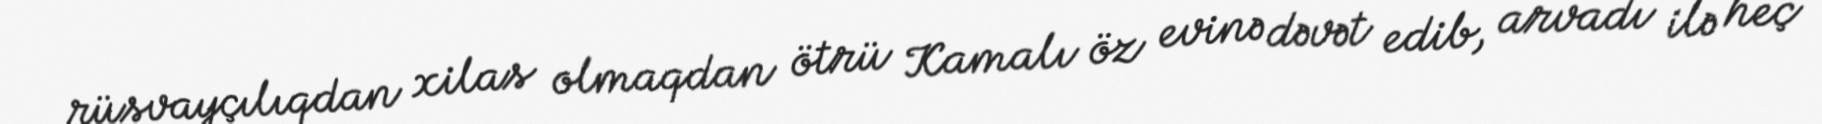
rüsvayçılıqdan xilas olmaqdan ötrü Kamalı öz evinə dəvət edib, arvadı ilə heç